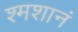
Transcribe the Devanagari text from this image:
श्मशानं